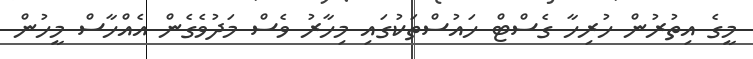
މީގެ އިތުރުން ހުރިހާ ގެސްޓް ހައުސްތަކުގައި މިހާރު ވެސް މަދުވެގެން އެއްހާސް މީހުން